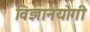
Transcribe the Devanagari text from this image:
विज्ञानयोगी